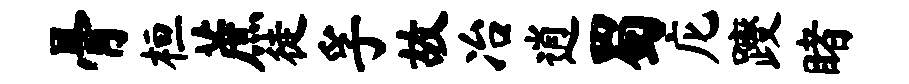
骨桓蔗徒孚故冶逍蜀庀躞睹